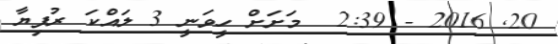
20